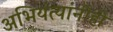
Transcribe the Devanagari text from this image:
अभियंत्यांनीही